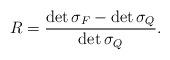
LaTeX: \begin{align*}R=\frac{\det \sigma _F-\det \sigma_Q}{\det \sigma_Q}.\end{align*}